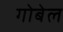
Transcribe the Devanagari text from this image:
गोबेल